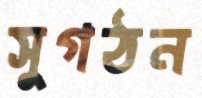
সুগঠন